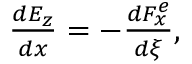
\begin{array} { r } { \frac { d E _ { z } } { d x } = - \frac { d F _ { x } ^ { e } } { d \xi } , } \end{array}